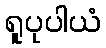
ရူပုပါယံ